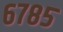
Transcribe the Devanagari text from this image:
६७८५